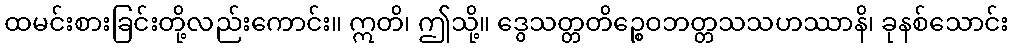
ထမင်းစားခြင်းတို့လည်းကောင်း။ ဣတိ၊ ဤသို့။ ဒွေသတ္တတိဉ္စေဝဘတ္တသသဟဿာနိ၊ ခုနစ်သောင်း